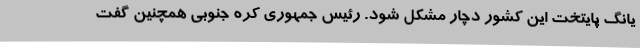
یانگ پایتخت این کشور دچار مشکل شود. رئیس جمهوری کره جنوبی همچنین گفت